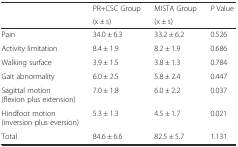
<table><thead><tr><td rowspan="2"></td><td><b>PR+CSC Group</b></td><td><b>MISTA Group</b></td><td rowspan="2"><b><i>P</i> Value</b></td></tr><tr><td><b>(x ± s)</b></td><td><b>(x ± s)</b></td></tr></thead><tbody><tr><td>Pain</td><td>34.0 ± 6.3</td><td>33.2 ± 6.2</td><td>0.526</td></tr><tr><td>Activity limitation</td><td>8.4 ± 1.9</td><td>8.2 ± 1.9</td><td>0.686</td></tr><tr><td>Walking surface</td><td>3.9 ± 1.5</td><td>3.8 ± 1.3</td><td>0.784</td></tr><tr><td>Gait abnormality</td><td>6.0 ± 2.5</td><td>5.8 ± 2.4</td><td>0.447</td></tr><tr><td>Sagittal motion (flexion plus extension)</td><td>7.0 ± 1.8</td><td>6.0 ± 2.2</td><td>0.037</td></tr><tr><td>Hindfoot motion (inversion plus eversion)</td><td>5.3 ± 1.3</td><td>4.5 ± 1.7</td><td>0.021</td></tr><tr><td>Total</td><td>84.6 ± 6.6</td><td>82.5 ± 5.7</td><td>1.131</td></tr></tbody></table>